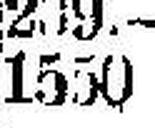
1550